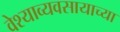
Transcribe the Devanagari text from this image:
वेश्याव्यवसायाच्या